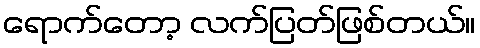
ရောက်တော့ လက်ပြတ်ဖြစ်တယ်။